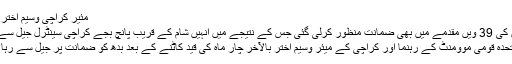
مئیر کراچی وسیم اختر ضمانت پر رہا
بدھ کی صبح ان کی 39 ویں مقدمے میں بھی ضمانت منظور کرلی گئی جس کے نتیجے میں انہیں شام کے قریب پانچ بجے کراچی سینٹرل جیل سے رہا کر دیا گیا
متحدہ قومی موومنٹ کے رہنما اور کراچی کے میئر وسیم اختر بالآخر چار ماہ کی قید کاٹنے کے بعد بدھ کو ضمانت پر جیل سے رہا کر دیئے گئے۔